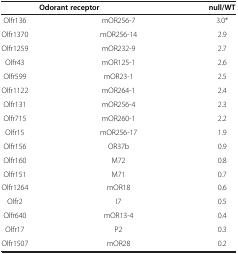
<table><thead><tr><td colspan="2"><b>Odorant receptor</b></td><td><b>null/WT</b></td></tr></thead><tbody><tr><td>Olfr136</td><td>mOR256-7</td><td>3.0*</td></tr><tr><td>Olfr1370</td><td>mOR256-14</td><td>2.9</td></tr><tr><td>Olfr1259</td><td>mOR232-9</td><td>2.7</td></tr><tr><td>Olfr43</td><td>mOR125-1</td><td>2.6</td></tr><tr><td>Olfr599</td><td>mOR23-1</td><td>2.5</td></tr><tr><td>Olfr1122</td><td>mOR264-1</td><td>2.4</td></tr><tr><td>Olfr131</td><td>mOR256-4</td><td>2.3</td></tr><tr><td>Olfr715</td><td>mOR260-1</td><td>2.2</td></tr><tr><td>Olfr15</td><td>mOR256-17</td><td>1.9</td></tr><tr><td>Olfr156</td><td>OR37b</td><td>0.9</td></tr><tr><td>Olfr160</td><td>M72</td><td>0.8</td></tr><tr><td>Olfr151</td><td>M71</td><td>0.7</td></tr><tr><td>Olfr1264</td><td>mOR18</td><td>0.6</td></tr><tr><td>Olfr2</td><td>I7</td><td>0.5</td></tr><tr><td>Olfr640</td><td>mOR13-4</td><td>0.4</td></tr><tr><td>Olfr17</td><td>P2</td><td>0.3</td></tr><tr><td>Olfr1507</td><td>mOR28</td><td>0.2</td></tr></tbody></table>